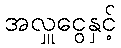
အလှူငွေနှင့်